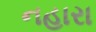
નહારા